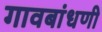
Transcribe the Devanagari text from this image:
गावबांधणी